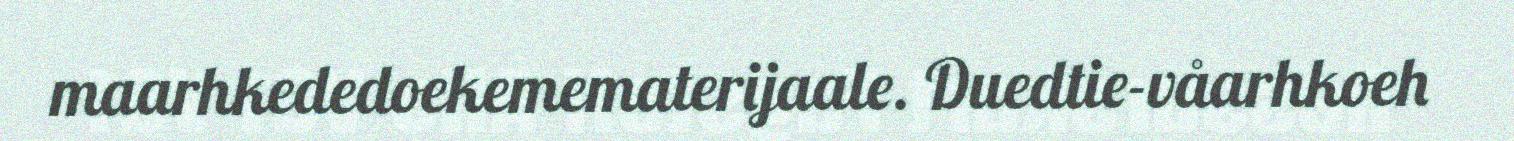
maarhkededoekemematerijaale. Duedtie-våarhkoeh